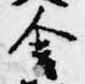
舎